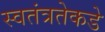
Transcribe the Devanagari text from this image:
स्वतंत्रतेकडे